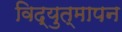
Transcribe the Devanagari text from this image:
विद्युत्‌मापन